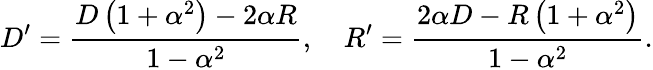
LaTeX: D^{\prime}={\frac{D\left(1+\alpha^{2}\right)-2\alpha R}{1-\alpha^{2}}},\quad R^{\prime}={\frac{2\alpha D-R\left(1+\alpha^{2}\right)}{1-\alpha^{2}}}.